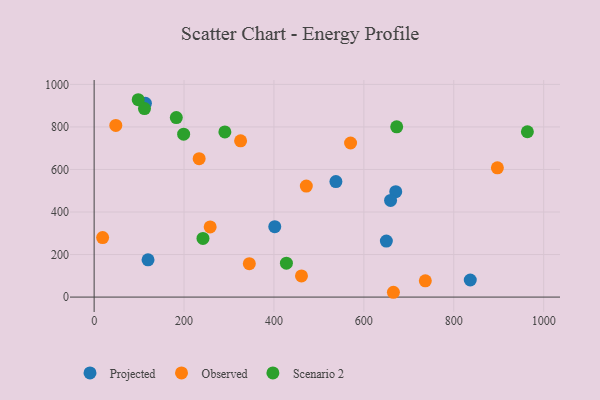
{"axis": {"x": "Price", "y": "Exam Score"}, "legend": ["Observed", "Projected", "Scenario 2"], "data": [{"x": "537.8", "y": 543.0, "type": "Projected"}, {"x": "114.1", "y": 911.0, "type": "Projected"}, {"x": "119.9", "y": 175.3, "type": "Projected"}, {"x": "670.9", "y": 495.8, "type": "Projected"}, {"x": "659.4", "y": 454.4, "type": "Projected"}, {"x": "836.7", "y": 80.3, "type": "Projected"}, {"x": "650.0", "y": 263.4, "type": "Projected"}, {"x": "401.8", "y": 331.2, "type": "Projected"}, {"x": "461.2", "y": 99.7, "type": "Observed"}, {"x": "345.2", "y": 156.9, "type": "Observed"}, {"x": "18.9", "y": 279.6, "type": "Observed"}, {"x": "233.6", "y": 650.9, "type": "Observed"}, {"x": "258.1", "y": 329.8, "type": "Observed"}, {"x": "665.7", "y": 22.6, "type": "Observed"}, {"x": "736.7", "y": 76.5, "type": "Observed"}, {"x": "48.2", "y": 807.3, "type": "Observed"}, {"x": "472.0", "y": 521.9, "type": "Observed"}, {"x": "570.4", "y": 724.4, "type": "Observed"}, {"x": "897.0", "y": 607.5, "type": "Observed"}, {"x": "325.8", "y": 734.8, "type": "Observed"}, {"x": "963.7", "y": 777.4, "type": "Scenario 2"}, {"x": "290.8", "y": 776.5, "type": "Scenario 2"}, {"x": "427.7", "y": 159.2, "type": "Scenario 2"}, {"x": "242.1", "y": 276.0, "type": "Scenario 2"}, {"x": "112.0", "y": 886.2, "type": "Scenario 2"}, {"x": "98.1", "y": 927.9, "type": "Scenario 2"}, {"x": "182.8", "y": 843.9, "type": "Scenario 2"}, {"x": "199.1", "y": 765.8, "type": "Scenario 2"}, {"x": "673.0", "y": 800.6, "type": "Scenario 2"}]}